画像に写った文字を読んでください
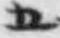
「五」と書いてあります